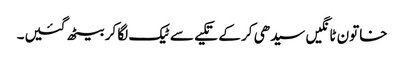
خاتون ٹانگیں سیدھی کر کے تکیے سے ٹیک لگا کر بیٹھ گئیں۔